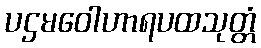
ပဌမဝေါဟာရပထသုတ္တံ